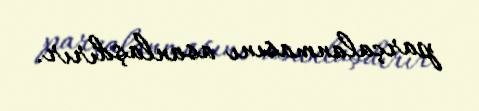
parçalanmasını asanlaşdırır.